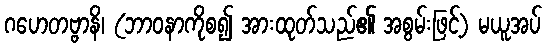
ဂဟေတဗ္ဗာနိ၊ (ဘာဝနာကိုစ၍ အားထုတ်သည်၏ အစွမ်းဖြင့်) မယူအပ်